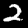
Label: 2